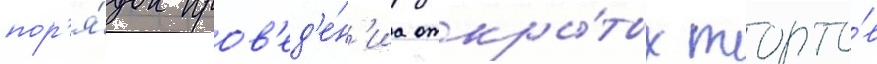
пор'я́док пров'ед'е́н'иа откры́тых торго́в